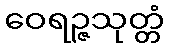
ဝေရဉ္ဇသုတ္တံ